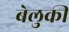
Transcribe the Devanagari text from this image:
बेलुकी